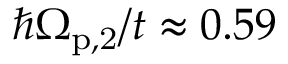
\hbar \Omega _ { \mathrm { p , 2 } } / t \approx 0 . 5 9